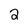
Character: 2